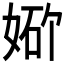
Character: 𪥾